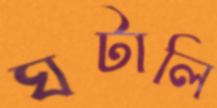
ঘটালি